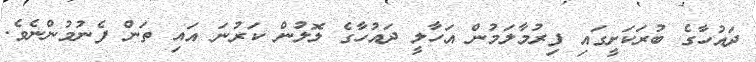
ދައުހާގެ ބުރަކަށީގައި ފިރުމާލަމުން އަހާލީ ދައުހާގެ ލޮލުން ކަރުނަ އައި ތަން ފެނުމުންނެވެ.